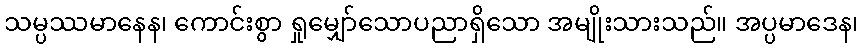
သမ္ပဿမာနေန၊ ကောင်းစွာ ရှုမျှော်သောပညာရှိသော အမျိုးသားသည်။ အပ္ပမာဒေန၊